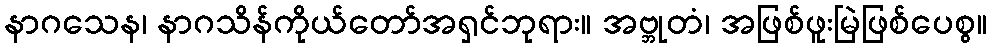
နာဂသေန၊ နာဂသိန်ကိုယ်တော်အရှင်ဘုရား။ အဗ္ဘုတံ၊ အဖြစ်ဖူးမြဲဖြစ်ပေစွ။